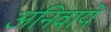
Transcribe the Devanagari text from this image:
अनिवार्ये